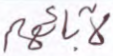
لآبائهم